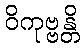
ဝိကုဗ္ဗန္တိ